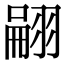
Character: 翤